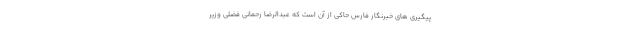
پیگیری های خبرنگار فارس حاکی از آن است که عبدالرضا رحمانی فضلی وزیر